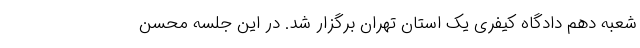
شعبه دهم دادگاه کیفری یک استان تهران برگزار شد. در این جلسه محسن